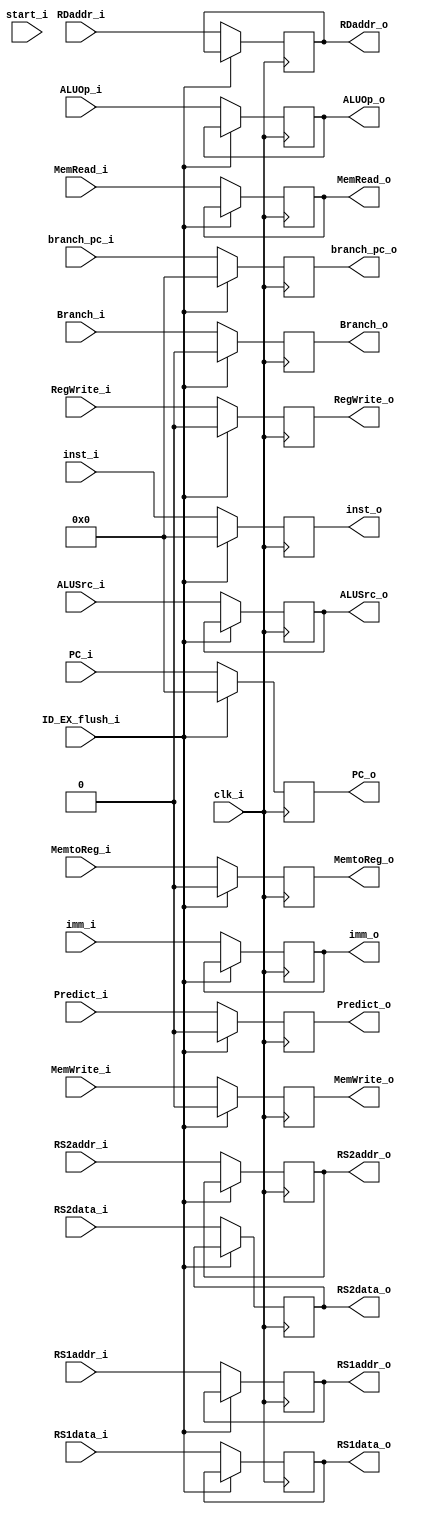
module ID_EX
(
	clk_i,
	start_i,
	inst_i,
	inst_o,
	RS1addr_i,
	RS1addr_o,
	RS2addr_i,
	RS2addr_o,
	RDaddr_i,
	RDaddr_o,
	RS1data_i,
	RS1data_o,
	RS2data_i,
	RS2data_o,
	imm_i,
	imm_o,
	ALUOp_i,
	ALUOp_o,
	ALUSrc_i,
	ALUSrc_o,
	MemRead_i,
	MemRead_o,
	MemWrite_i,
	MemWrite_o,
	RegWrite_i,
	RegWrite_o,
	MemtoReg_i,
	MemtoReg_o,
	ID_EX_flush_i, // TODO: if prediction error
	Predict_i, // TODO: previous predict result => use to detect prediction error
	Predict_o,
	Branch_i,
	Branch_o,
	PC_i,
	PC_o,
	branch_pc_i,
	branch_pc_o
);

input clk_i, start_i;
input      [31:0] inst_i;
output reg [31:0] inst_o;
input      [4:0]  RS1addr_i;
output reg [4:0]  RS1addr_o;
input      [4:0]  RS2addr_i;
output reg [4:0]  RS2addr_o;
input      [4:0]  RDaddr_i;
output reg [4:0]  RDaddr_o;
input      [31:0] RS1data_i;
output reg [31:0] RS1data_o;
input      [31:0] RS2data_i;
output reg [31:0] RS2data_o;
input      [31:0] imm_i;
output reg [31:0] imm_o;
input      [1:0]  ALUOp_i;
output reg [1:0]  ALUOp_o;
input ALUSrc_i;
output reg ALUSrc_o = 1'b0;
input MemRead_i;
output reg MemRead_o = 1'b0;
input MemWrite_i;
output reg MemWrite_o = 1'b0;
input RegWrite_i;
output reg RegWrite_o = 1'b0;
input MemtoReg_i;
output reg MemtoReg_o = 1'b0;

input ID_EX_flush_i; // branch prediction error

input Predict_i;
output reg Predict_o = 1'b0;

input Branch_i;
output reg Branch_o = 1'b0;

input [31:0] PC_i;
input [31:0] branch_pc_i;
output reg [31:0] PC_o = 32'b0;
output reg [31:0] branch_pc_o = 32'b0;


always @(posedge clk_i)
begin
	if(!ID_EX_flush_i)
	begin
		inst_o <= inst_i;
		RS1addr_o <= RS1addr_i;
		RS2addr_o <= RS2addr_i;
		RDaddr_o <= RDaddr_i;
		RS1data_o <= RS1data_i;
		RS2data_o <= RS2data_i;
		imm_o <= imm_i;
		ALUOp_o <= ALUOp_i;
		ALUSrc_o <= ALUSrc_i;
		MemRead_o <= MemRead_i;
		MemWrite_o <= MemWrite_i;
		RegWrite_o <= RegWrite_i;
		MemtoReg_o <= MemtoReg_i;

		Predict_o <= Predict_i;
		Branch_o <= Branch_i;
		PC_o <= PC_i;
		branch_pc_o <= branch_pc_i;
	end

	else
	begin
		inst_o <= 32'b0;
		// MemRead_o <= 1'b0;
		MemWrite_o <= 1'b0;
		RegWrite_o <= 1'b0;
		MemtoReg_o <= 1'b0;

		Predict_o <= 1'b0;
		Branch_o <= 1'b0;
		PC_o <= 32'b0;
		branch_pc_o <= 32'b0;

	end
end

endmodule